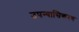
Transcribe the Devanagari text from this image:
उपन्यासिकरण